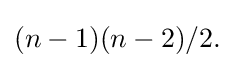
(n-1)(n-2)/2.\